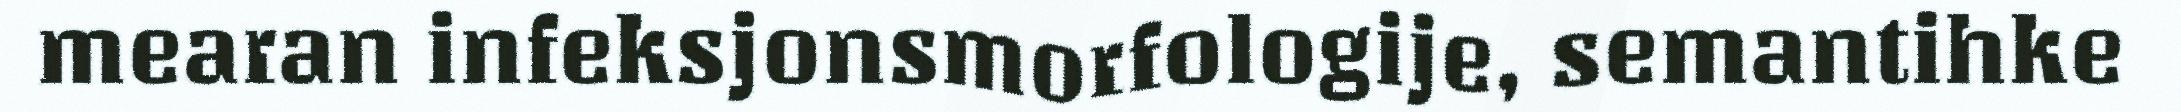
mearan infeksjonsmorfologije, semantihke